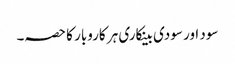
سود اور سودی بینکاری ہر کاروبار کا حصہ۔